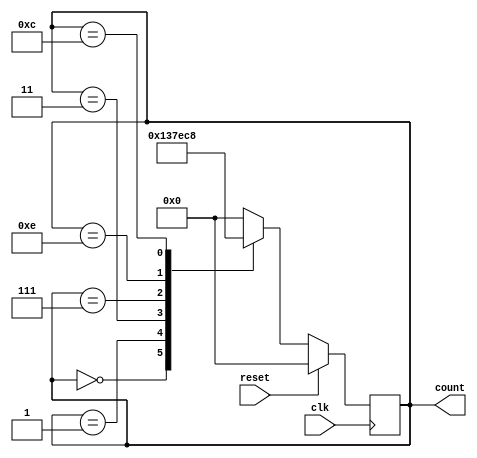
module johnson_counter (
    input wire clk, // Clock input
    input wire reset, // Reset input
    output reg [3:0] count // Output count
);

// State register to store the current count
reg [3:0] state;

// Next state logic
always @ (posedge clk) begin
    if (reset) begin
        state <= 4'b0000; // Reset to initial state
    end else begin
        case(state)
            4'b0000: state <= 4'b0001;
            4'b0001: state <= 4'b0011;
            4'b0011: state <= 4'b0111;
            4'b0111: state <= 4'b1110;
            4'b1110: state <= 4'b1100;
            4'b1100: state <= 4'b1000;
            4'b1000: state <= 4'b0000;
            default: state <= 4'b0000; // Reset to initial state if other case
        endcase
    end
end

// Output count
assign count = state;

endmodule